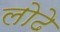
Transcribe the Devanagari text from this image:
लोढे